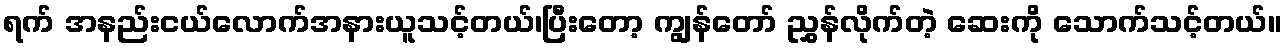
ရက် အနည်းငယ်လောက်အနားယူသင့်တယ်၊ပြီးတော့ ကျွန်တော် ညွှန်လိုက်တဲ့ ဆေးကို သောက်သင့်တယ်။